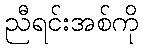
ညီရင်းအစ်ကို